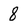
Character: 8